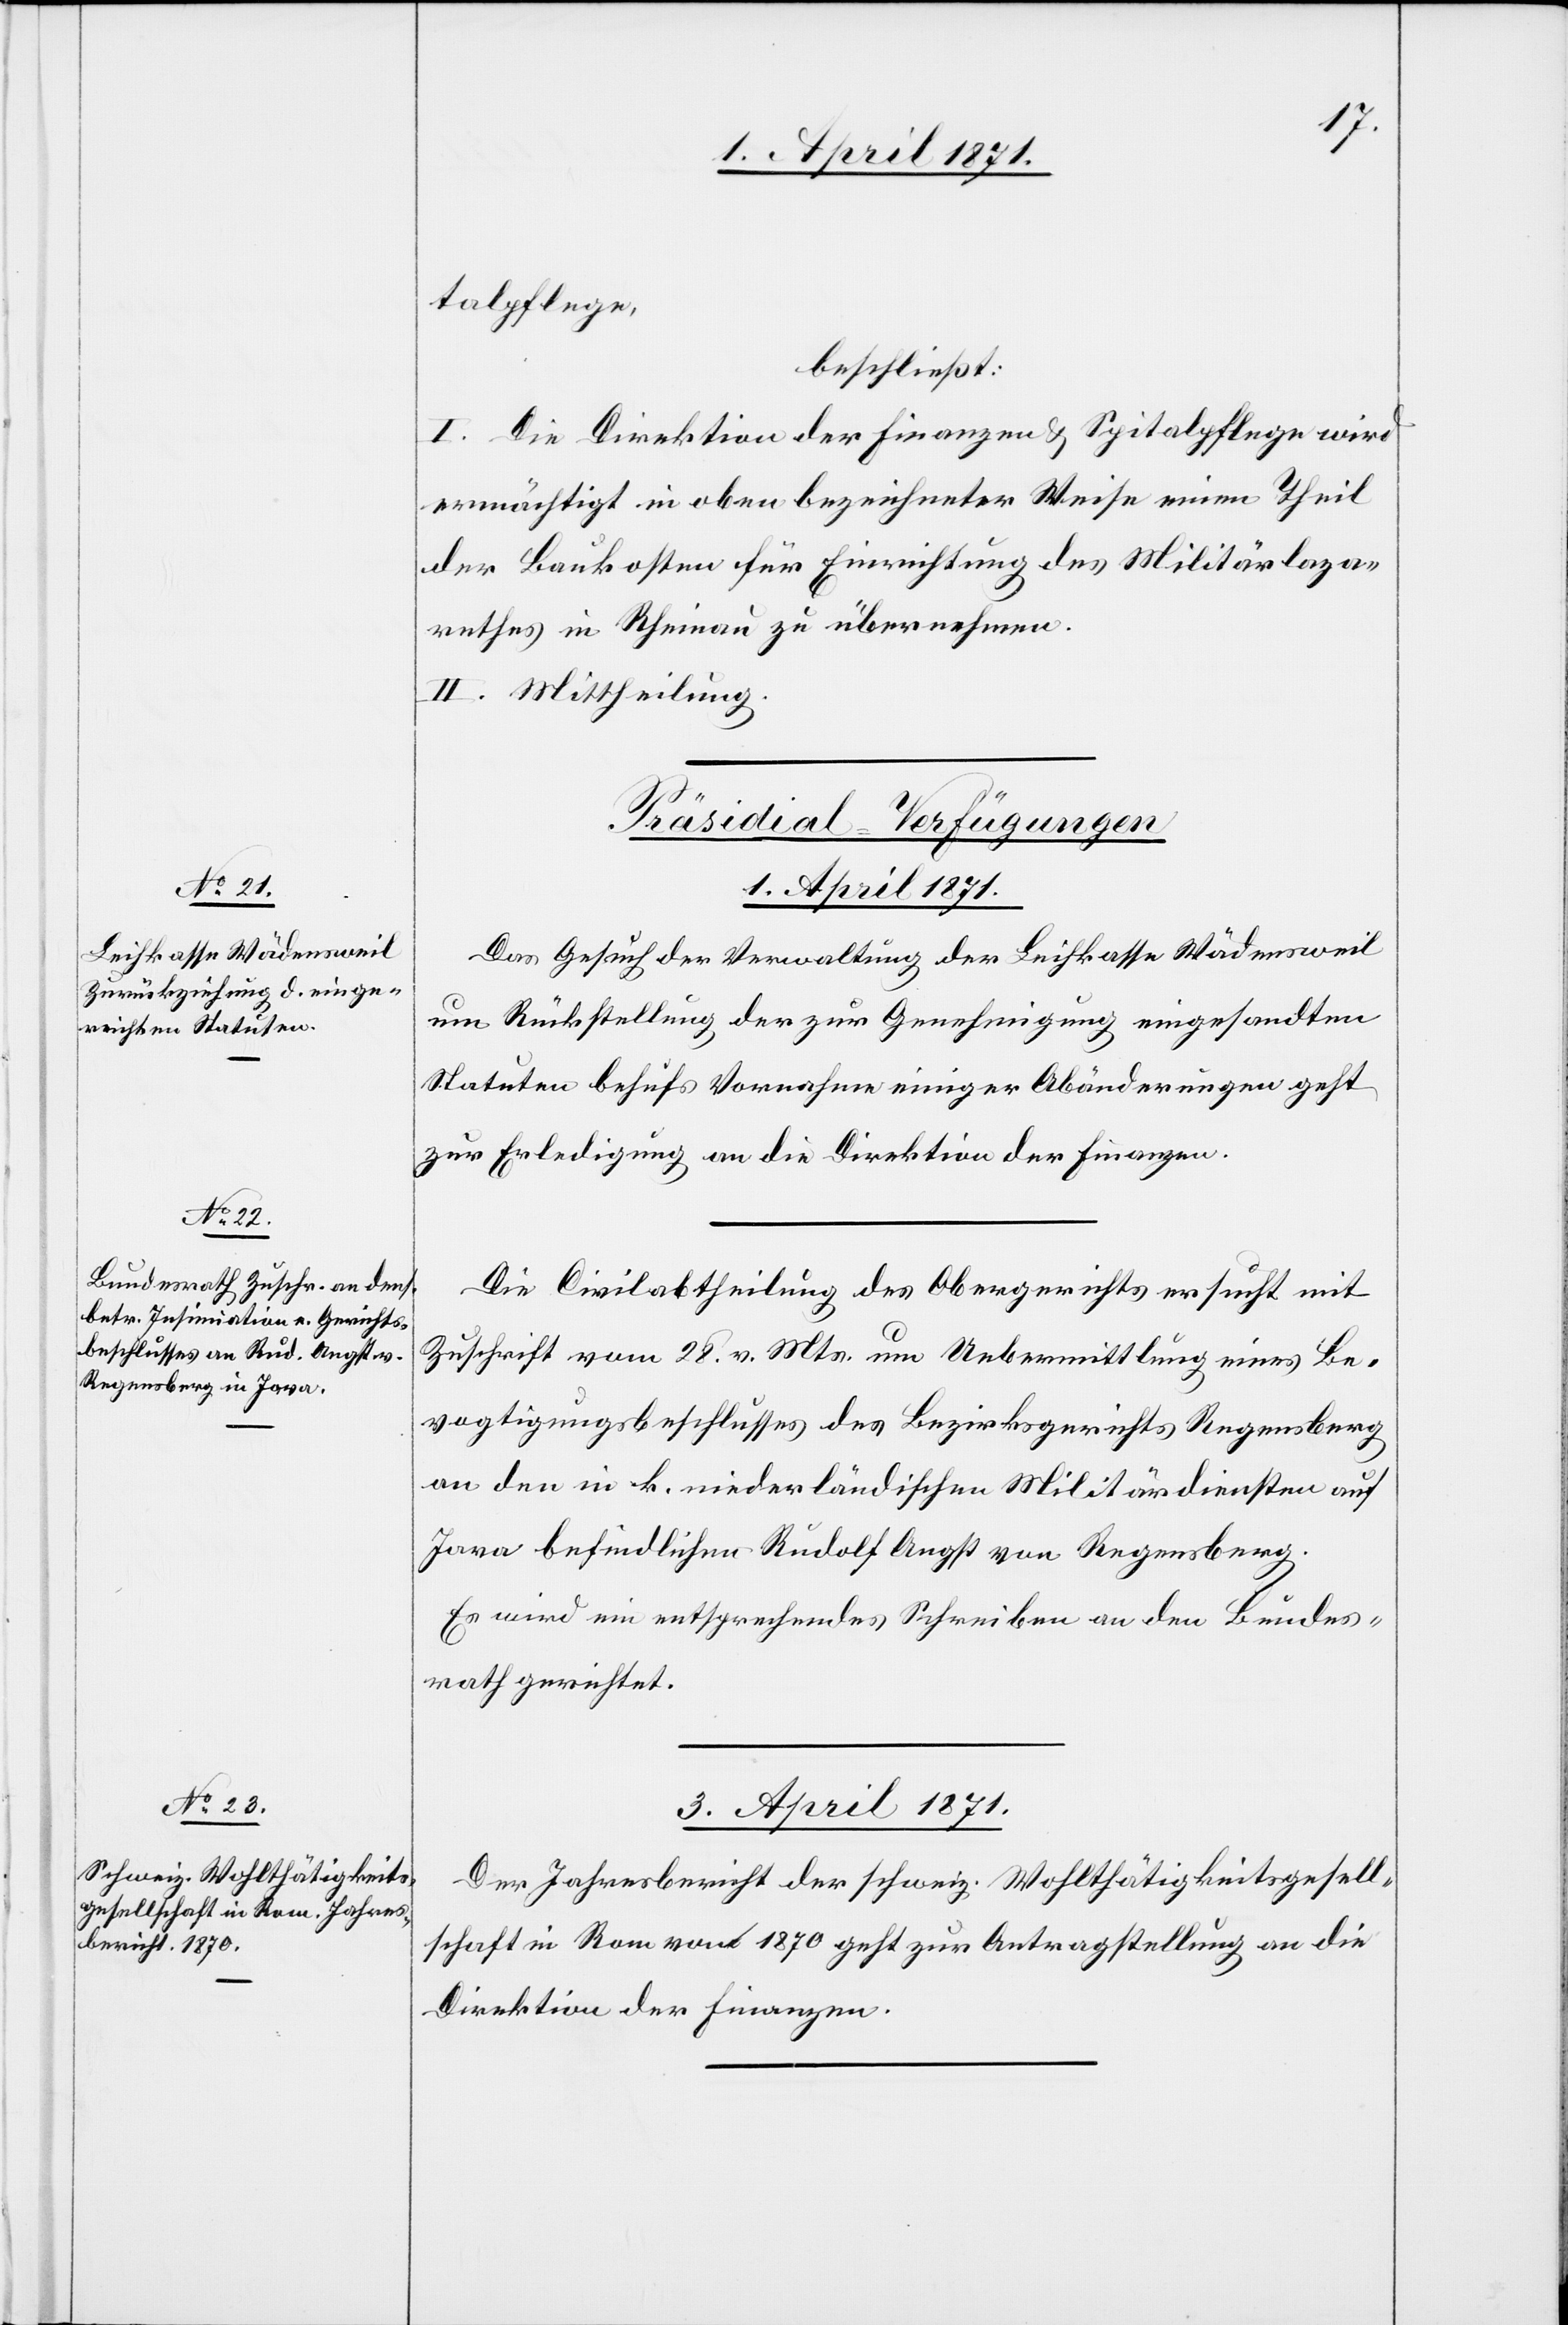
1. April 1871.]
talpflege,
beschließt:
I. Die Direktion der Finanzen u. Spitalpflege wird
ermächtigt in oben bezeichneter Weise einen Theil
der Baukosten für Einrichtung des Militärlaza¬
rethes in Rheinau zu übernehmen.
II. Mittheilung.
[Präsidial-Verfügungen]
1. April 1871.
Das Gesuch der Verwaltung der Leihkasse Wädensweil
um Rückstellung der zur Genehmigung eingesandten
Statuten behufs Vornahme einiger Abänderungen geht
zur Erledigung an die Direktion der Finanzen.
Die Civilabtheilung des Obergerichts ersucht mit
Zuschrift vom 28. v. Mts. um Uebermittlung eines Be¬
vogtigungsbeschlusses des Bezirksgerichts Regensberg
an den in k. niederländischen Militärdiensten auf
Java befindlichen Rudolf Angst von Regensberg.
Es wird ein entsprechendes Schreiben an den Bundes¬
rath gerichtet.
3. April 1871.
Der Jahresbericht der schweiz. Wohlthätigkeitsgesell¬
schaft in Rom von 1870 geht zur Antragstellung an die
Direktion der Finanzen.